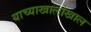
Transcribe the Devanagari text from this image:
याच्याखालोखाल